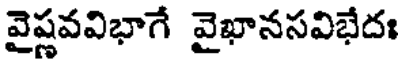
వైష్ణవవిభాగే వైఖానసవిభేదః